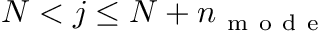
N < j \le N + n _ { \mathrm { ~ m ~ o ~ d ~ e ~ } }